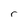
Character: r